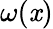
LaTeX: \omega(\mathit{x})